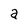
Character: a